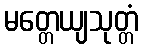
မတ္တေယျသုတ္တံ